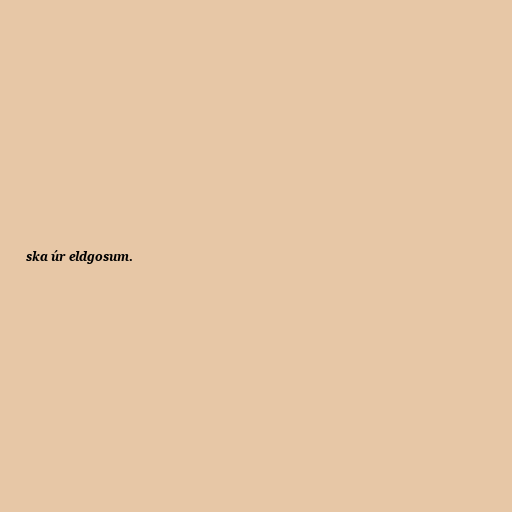
ska úr eldgosum.